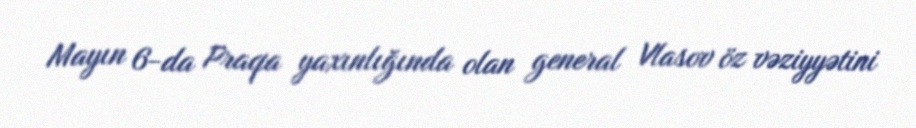
Mayın 6-da Praqa yaxınlığında olan general Vlasov öz vəziyyətini